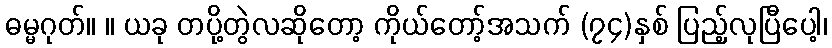
ဓမ္မဂုတ်။ ။ ယခု တပို့တွဲလဆိုတော့ ကိုယ်တော့်အသက် (၇၄)နှစ် ပြည့်လုပြီပေါ့၊